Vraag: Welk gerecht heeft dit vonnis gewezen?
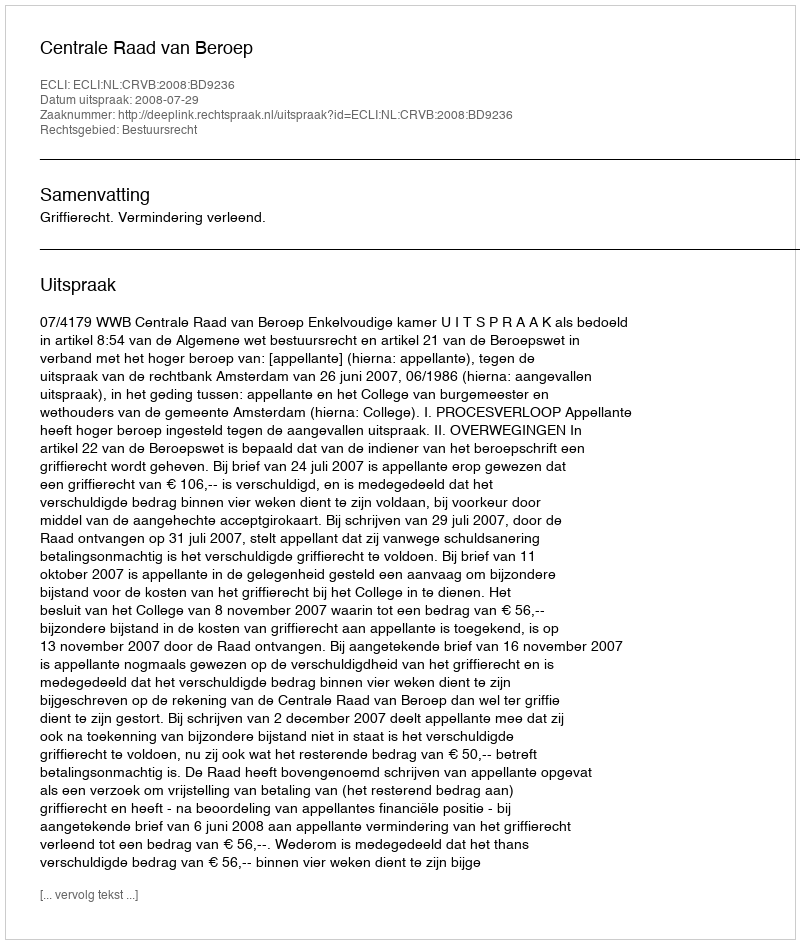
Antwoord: Centrale Raad van Beroep